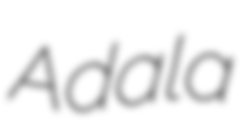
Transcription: Adala